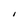
Character: I